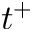
t ^ { + }